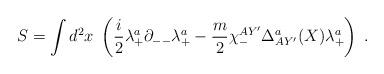
LaTeX: \begin{align*}S = \int d^2x \; \left( {i\over 2}\lambda^{a}_+\partial_{--}\lambda^a_{+} - {m\over 2} \chi^{AY'}_- \Delta^a_{AY'}(X)\lambda^a_+\right)\; .\end{align*}